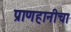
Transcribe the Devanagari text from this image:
प्राणहानीचा